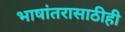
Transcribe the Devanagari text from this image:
भाषांतरासाठीही